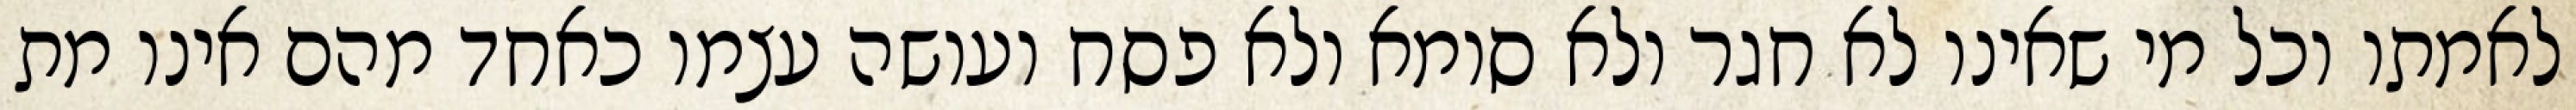
לאמתו וכל מי שאינו לא חגר ולא סומא ולא פסח ועושה עצמו כאחד מהם אינו מת